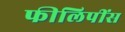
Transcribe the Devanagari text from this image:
फीलिपींस